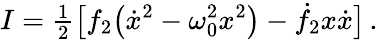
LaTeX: I={\textstyle\frac{1}{2}}\big[f_{2}\big(\dot{x}^{2}-\omega_{0}^{2}x^{2}\big)-\dot{f}_{2}x\dot{x}\big]\, .